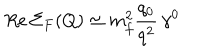
LaTeX: R e \, \Sigma _ { F } ( Q ) \simeq m _ { f } ^ { 2 } \frac { q _ { 0 } } { q ^ { 2 } } \, \gamma ^ { 0 }